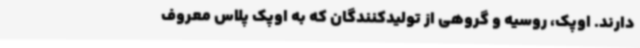
دارند. اوپک، روسیه و گروهی از تولیدکنندگان که به اوپک پلاس معروف